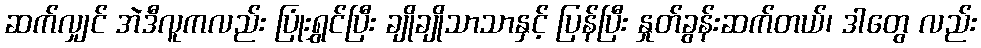
ဆက်လျှင် အဲဒီလူကလည်း ပြုံးရွှင်ပြီး ချိုချိုသာသာနှင့် ပြန်ပြီး နှုတ်ခွန်းဆက်တယ်၊ ဒါတွေ လည်း